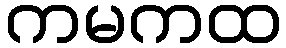
ကမကထ